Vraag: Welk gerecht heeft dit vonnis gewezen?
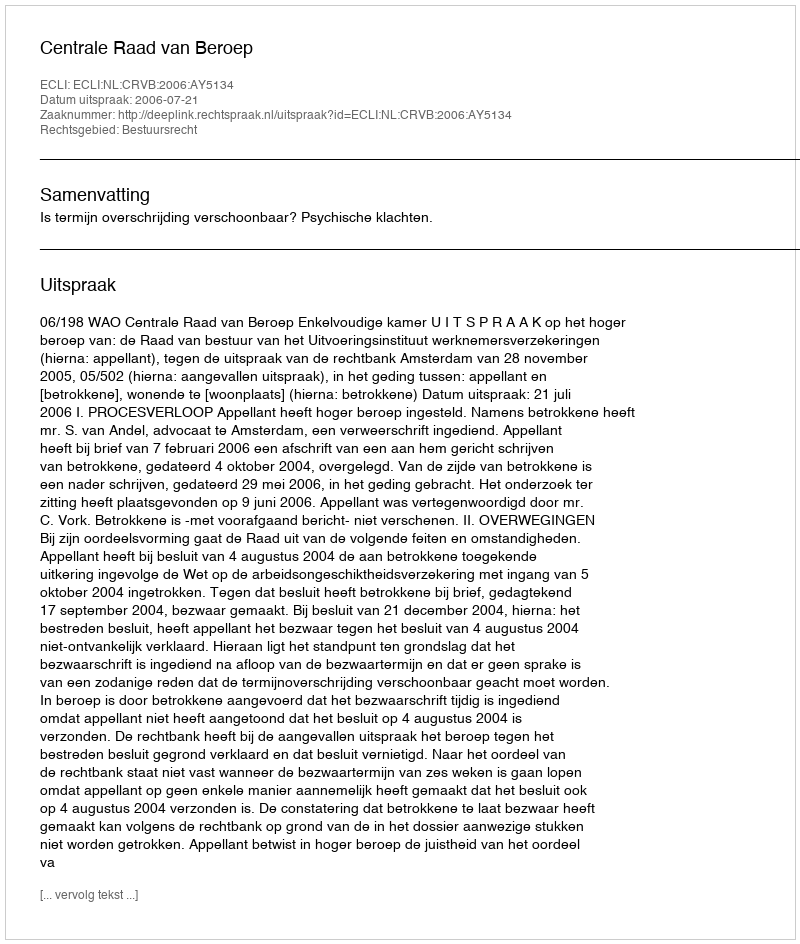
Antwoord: Centrale Raad van Beroep